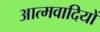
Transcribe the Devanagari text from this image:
आत्मवादियों